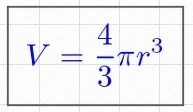
V=\frac43\pi r^3